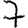
Digit: 7